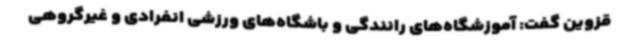
قزوین گفت: آموزشگاه‌های رانندگی و باشگاه‌های ورزشی انفرادی و غیرگروهی